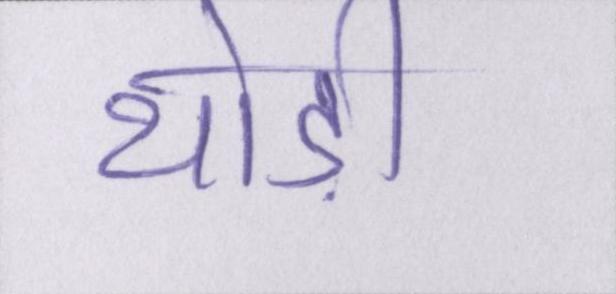
थोड़ी